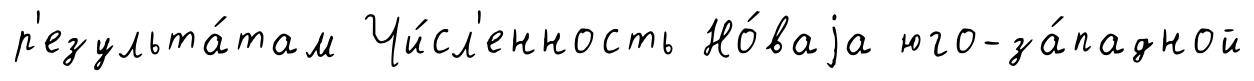
р'езульта́там Чи́сл'енность Но́ваjа юго-за́падной